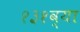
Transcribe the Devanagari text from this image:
१३१व्या